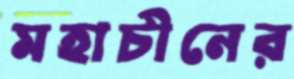
মহাচীনের